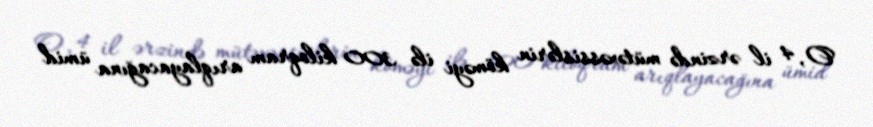
O, 4 il ərzində mütəxəssislərin köməyi ilə 300 kiloqram arıqlayacağına ümid